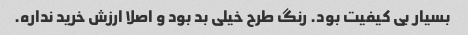
بسیار بی کیفیت بود. رنگ طرح خیلی بد بود و اصلا ارزش خرید نداره.